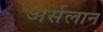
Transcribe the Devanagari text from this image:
अर्सलान